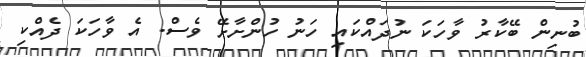
ބުނިން ބޭކާރު ވާހަކަ ނުދައްކައި ހަނު ހުންށާށޭ ވެސް. އެ ވާހަކަ ދެއްކި